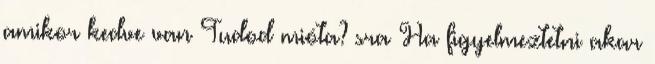
amikor kedve van Tudod mióta? sra Ha figyelmeztetni akar